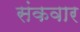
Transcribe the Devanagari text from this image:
संकवार